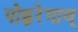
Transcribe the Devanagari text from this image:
पोह्ररेगाव्